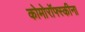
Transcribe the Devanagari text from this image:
कोमोरॉफ्स्कीना